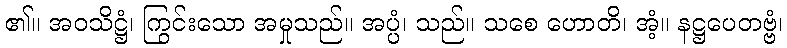
၏။ အဝသိဋ္ဌံ၊ ကြွင်းသော အမှုသည်။ အပ္ပံ၊ သည်။ သစေ ဟောတိ၊ အံ့။ နဋ္ဌပေတဗ္ဗံ၊